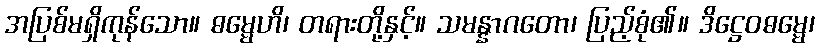
အပြစ်မရှိကုန်သော။ ဓမ္မေဟိ၊ တရားတို့နှင့်။ သမန္နာဂတော၊ ပြည့်စုံ၏။ ဒိဋ္ဌေဝဓမ္မေ၊